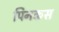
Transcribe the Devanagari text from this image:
पिनकस